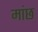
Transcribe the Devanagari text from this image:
मांछ